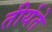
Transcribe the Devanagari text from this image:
तीर्यते